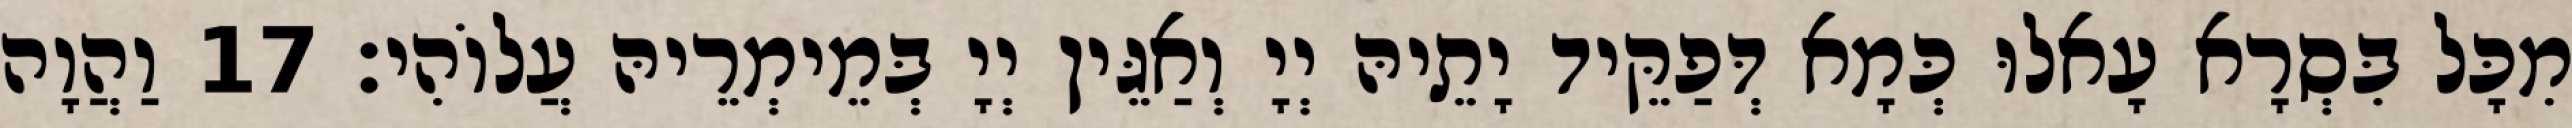
מִכָּל בִּסְרָא עָאלוּ כְּמָא דְּפַקֵּיד יָתֵיהּ יְיָ וְאַגֵּין יְיָ בְּמֵימְרֵיהּ עֲלוֹהִי׃ 17 וַהֲוָה